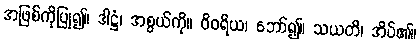
အဖြစ်ကိုပြု၍။ ဒါဋ္ဌံ၊ အစွယ်ကို။ ဝိဝရိယ၊ ဘော်၍။ သယတိ၊ အိပ်၏။